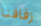
زفافنا